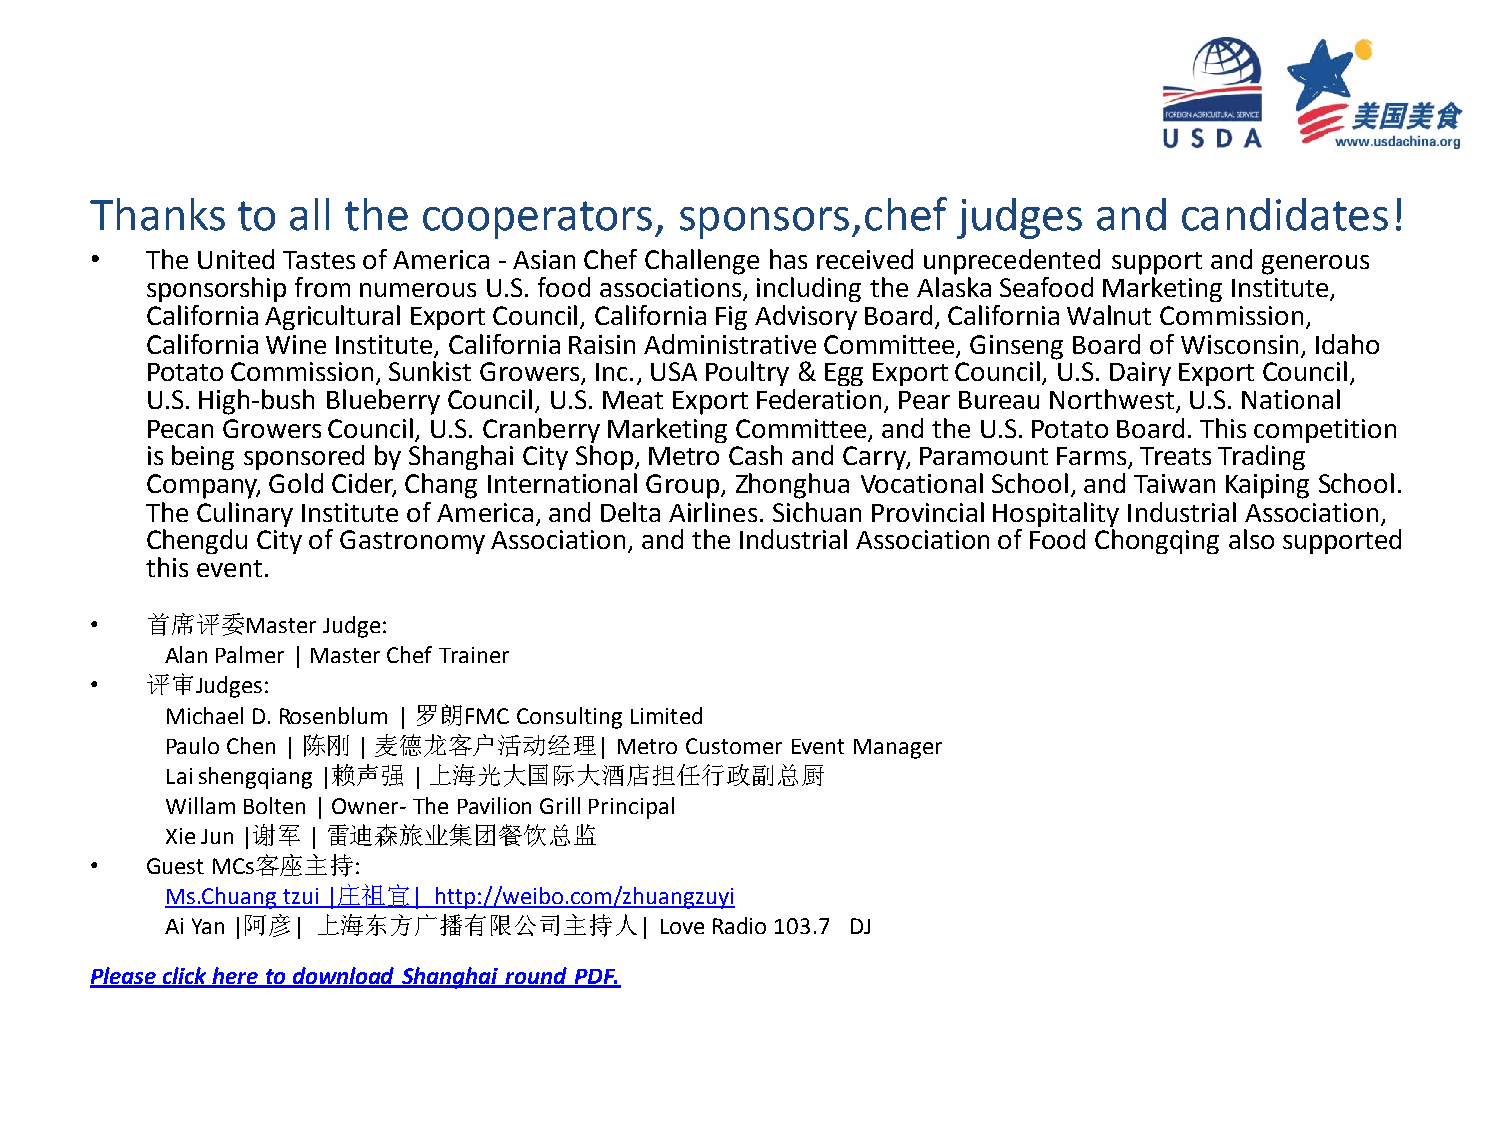
Thanks    to all the  cooperators,     sponsors,chef     judges    and  candidates!
 •   The United Tastes of America - Asian Chef Challenge has received unprecedented support and generous
 sponsorship from numerous U.S. food associations, including the Alaska Seafood Marketing Institute,
 California Agricultural Export Council, California Fig Advisory Board, California Walnut Commission,
 California Wine Institute, California Raisin Administrative Committee, Ginseng Board of Wisconsin, Idaho
 Potato Commission, Sunkist Growers, Inc., USA Poultry & Egg Export Council, U.S. Dairy Export Council,
 U.S. High-bush Blueberry Council, U.S. Meat Export Federation, Pear Bureau Northwest, U.S. National
 Pecan Growers Council, U.S. Cranberry Marketing Committee, and the U.S. Potato Board. This competition
 is being sponsored by Shanghai City Shop, Metro Cash and Carry, Paramount Farms, Treats Trading
 Company, Gold Cider, Chang International Group, Zhonghua Vocational School, and Taiwan Kaiping School.
 The Culinary Institute of America, and Delta Airlines. Sichuan Provincial Hospitality Industrial Association,
 Chengdu City of Gastronomy Association, and the Industrial Association of Food Chongqing also supported
 this event.
 •   首席评委Master Judge:
 Alan Palmer | Master Chef Trainer
 •   评审Judges:
 Michael D. Rosenblum | 罗朗FMC Consulting Limited
 Paulo Chen | 陈刚 | 麦德龙客户活动经理|  Metro Customer Event Manager
 Lai shengqiang |赖声强 | 上海光大国际大酒店担任行政副总厨
 Willam Bolten | Owner- The Pavilion Grill Principal
 Xie Jun |谢军 | 雷迪森旅业集团餐饮总监
 •   Guest MCs客座主持:
 Ms.Chuang tzui |庄祖宜| http://weibo.com/zhuangzuyi
 Ai Yan |阿彦| 上海东方广播有限公司主持人|       Love Radio 103.7 DJ
 Please click here to download Shanghai round PDF.